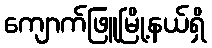
ကျောက်ဖြူမြို့နယ်ရှိ